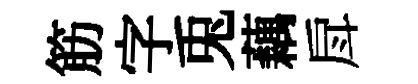
筋字兎藕戽